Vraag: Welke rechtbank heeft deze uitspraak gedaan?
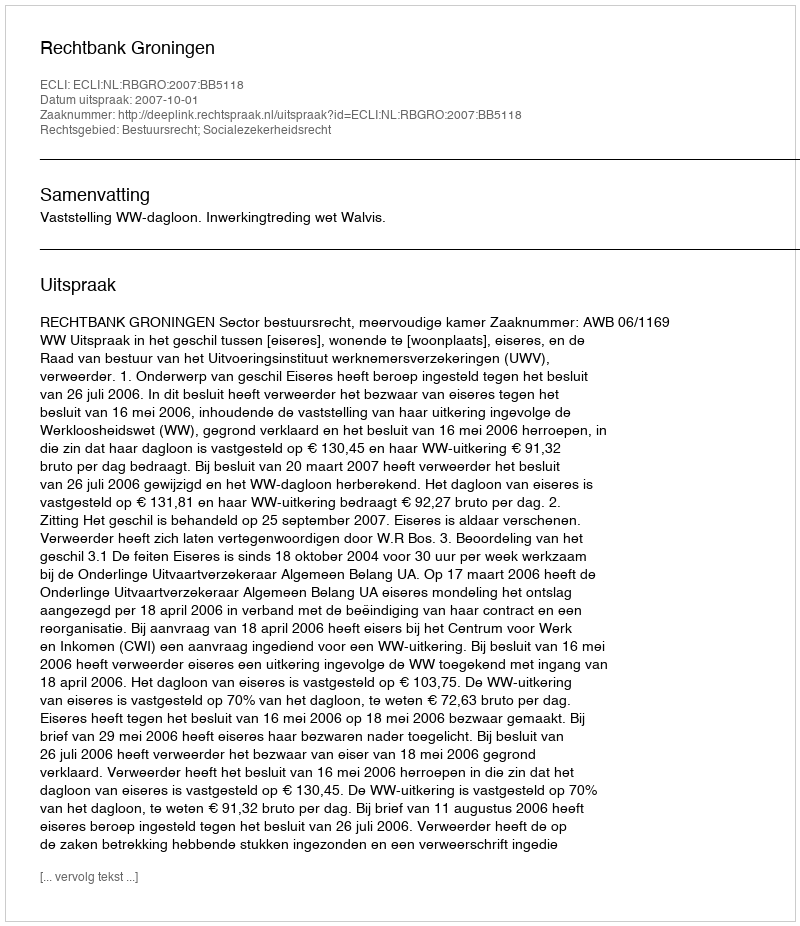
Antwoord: Rechtbank Groningen